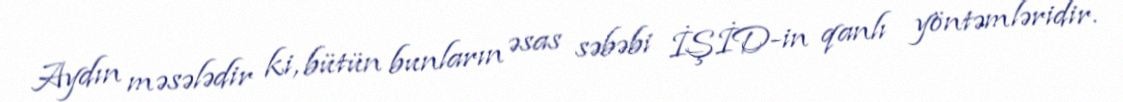
Aydın məsələdir ki, bütün bunların əsas səbəbi İŞİD-in qanlı yöntəmləridir.